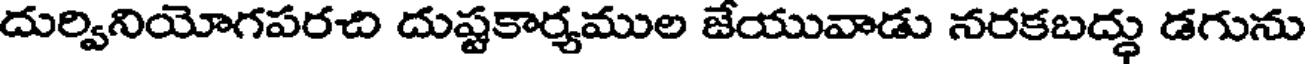
దుర్వినియోగపరచి దుష్టకార్యముల జేయువాడు నరకబద్ధు డగును